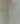
ثم